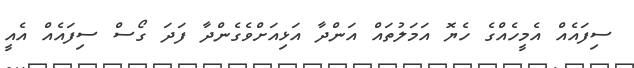
ސިފައެއް އެމީހެއްގެ ހެޔޮ އަމަލުތައް އަންދާ އަޅިއަށްވެގެންދާ ފަދަ ގޯސް ސިފައެއް އެއީ